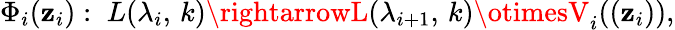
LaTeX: \Phi_{i}(\mathbf{z}_{i}):\; L(\lambda_{i},\, k)\rightarrowL(\lambda_{i+1},\, k)\otimesV_{i}((\mathbf{z}_{i})),